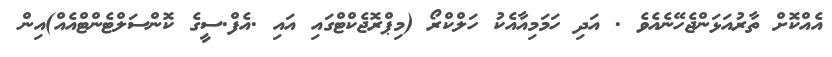
އެއްކޮށް ތާރުއަޅަންޖެހޭނެއެވެ . އަދި ހަމަމިއާއެކު ހަލްކްރޯ (މިޕްރޮޖެކްޓްގައި އައި .އެފް.ސީގެ ކޮންސަލްޓެންޓްއެއް)އިން